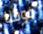
فوقنا